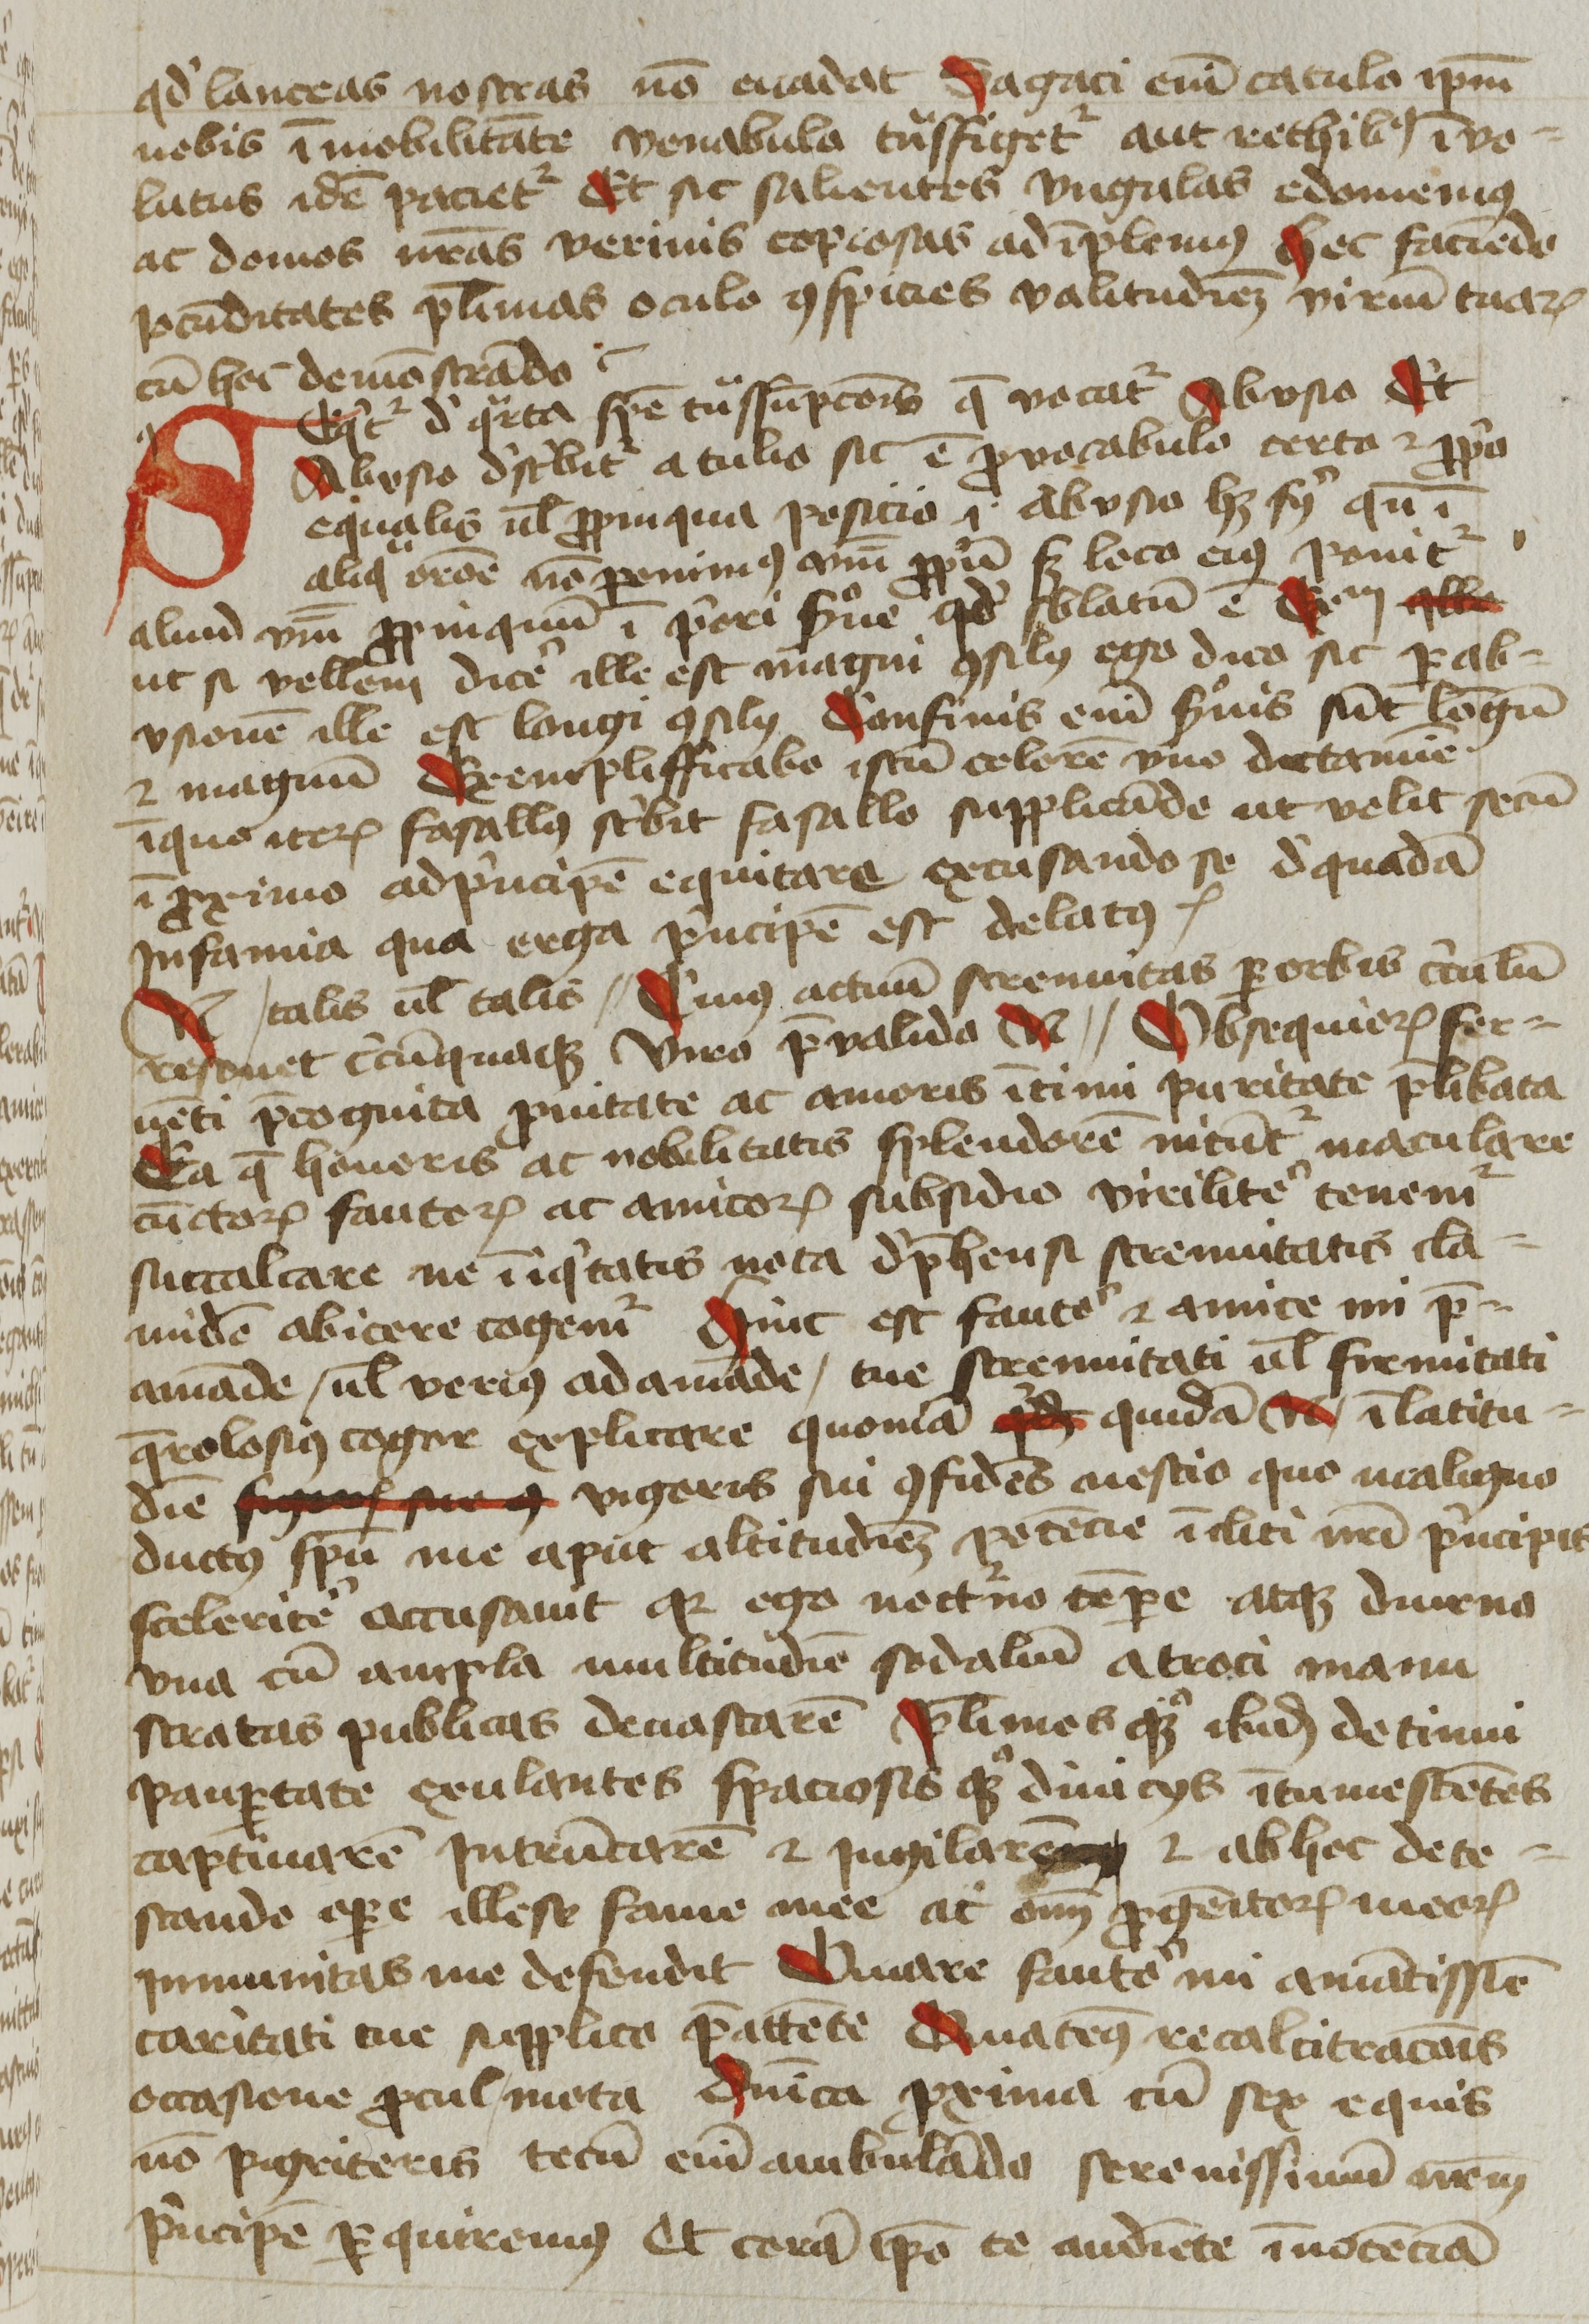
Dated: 1425–1449